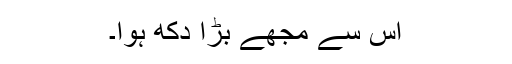
اُس سے مجھے بڑا دُکھ ہوا۔